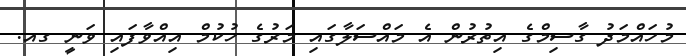
މުހައްމަދު ގާސިމްގެ އިތުރުން އެ މައްސަލާގައި މަރުގެ ހުކުމް އިއްވާފައި ވަނީ ގއ.